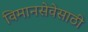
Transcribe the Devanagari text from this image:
विमानसेवेसाठी